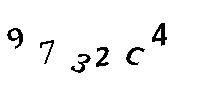
9732C4